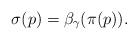
\begin{align*}\sigma(p)=\beta_\gamma(\pi(p)).\end{align*}